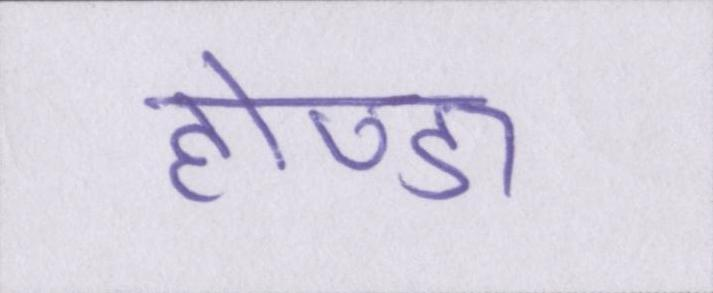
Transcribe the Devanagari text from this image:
होण्डा